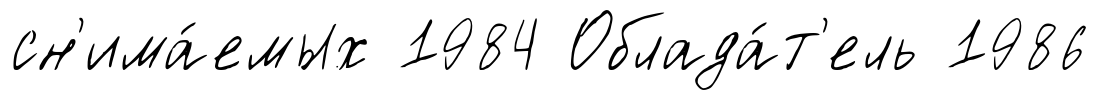
сн'има́емых 1984 Облада́т'ель 1986